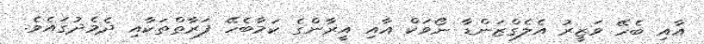
އާއި ބެހޭ ވަޒީރު އެލެގްޒަންޑާ ނޯވަކް އާއި އީރާންގެ ކަމާބެހޭ ފަރާތްތަކާއި ދެމެދުގައެވެ.